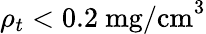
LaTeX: \rho_{t}<0.2~\mathrm{mg/cm}^{3}